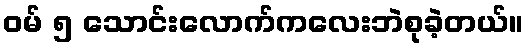
ဝမ် ၅ သောင်းလောက်ကလေးဘဲစုခဲ့တယ်။